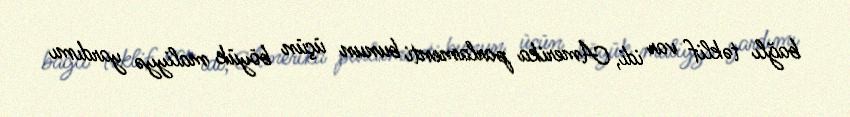
bağlı təklif var idi, Amerika parlamenti bunun üçün böyük maliyyə yardımı